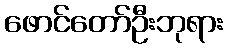
ဖောင်တော်ဦးဘုရား